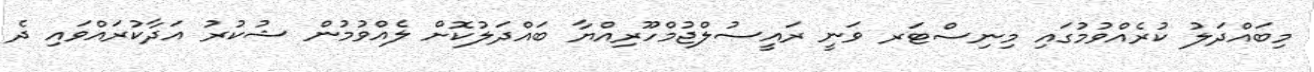
މިބައްދަލު ކުރެއްވުމުގައި މިނިސްޓަރ ވަނީ ރައީސުލްޖުމްހޫރިއްޔާ ބައްދަލުކޮށް ލެއްވުމުން ޝުކުރު އަދާކުރައްވައި ދެ